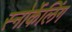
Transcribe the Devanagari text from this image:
स्नोर्केलिंग